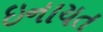
ઇનાયત